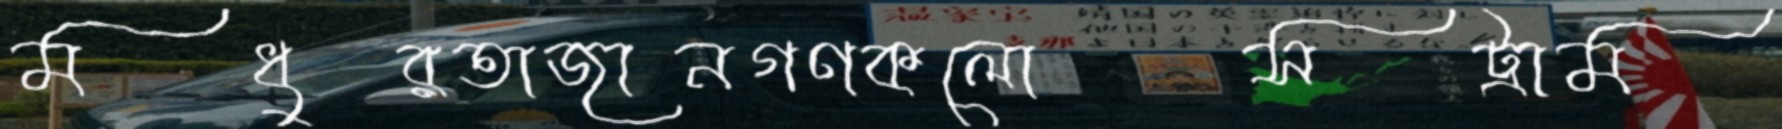
মধুরতাজানগণকলোসট্রাম